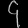
Digit: ၄